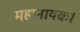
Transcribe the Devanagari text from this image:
महानायक।